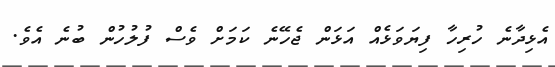
އެޅިދާނެ ހުރިހާ ފިޔަވަޅެއް އަޅަން ޖެހޭނެ ކަމަށް ވެސް ފުލުހުން ބުނެ އެވެ.